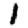
Digit: 1